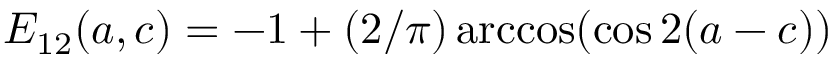
E _ { 1 2 } ( a , c ) = - 1 + ( 2 / \pi ) \operatorname { a r c c o s } ( \cos 2 ( a - c ) )